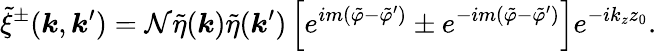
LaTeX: \tilde{\xi}^{\pm}(\boldsymbol{k},\boldsymbol{k}^{\prime})=\mathcal{N}\tilde{\eta}(\boldsymbol{k})\tilde{\eta}(\boldsymbol{k}^{\prime})\left[e^{im(\tilde{\varphi}-\tilde{\varphi}^{\prime})}\pm e^{-im(\tilde{\varphi}-\tilde{\varphi}^{\prime})}\right]e^{-ik_{z}z_{0}}.